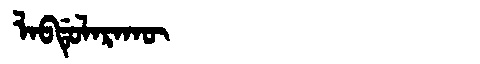
Manchu: ᠯᠠᠪᡩᡠᠯᠠᡵᠠᡴᡡ
Romanization: LABDULARAKŪ